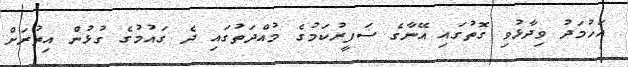
އަހުމަދު ވިދާޅުވި ގޮތުގައި އޭނާގެ ސަފީރުކަމުގެ މުއްދަތުގައި ދެ ގައުމުގެ ގުޅުން އިތުރަށް